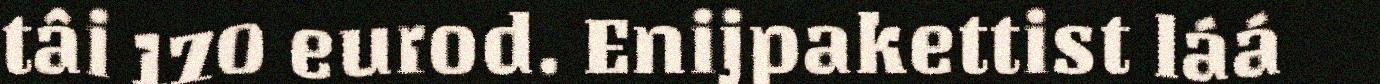
tâi 170 eurod. Enijpakettist láá